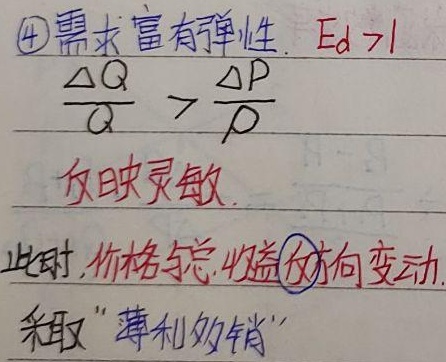
\textcircled{4}需求富有弹性，$E_d>1$，即$\frac{\Delta Q}{Q}>\frac{\Delta P}{P}$，反映灵敏。此时，价格与总收益反向变动，采取“薄利多销”。